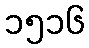
၁၅၁၆